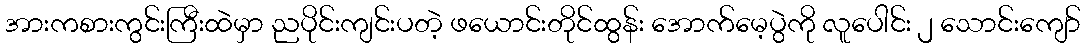
အားကစားကွင်းကြီးထဲမှာ ညပိုင်းကျင်းပတဲ့ ဖယောင်းတိုင်ထွန်း အောက်မေ့ပွဲကို လူပေါင်း ၂ သောင်းကျော်